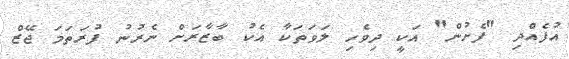
އުފެއްދި "ފެށުން" އަކީ ދިވެހި ލަވަތަކާ އެކު ބާޒާރަށް ނެރުނު ފުރަތަމަ ޖޭޒް